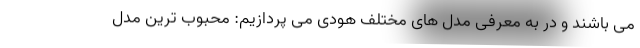
می باشند و در به معرفی مدل های مختلف هودی می پردازیم: محبوب ترین مدل